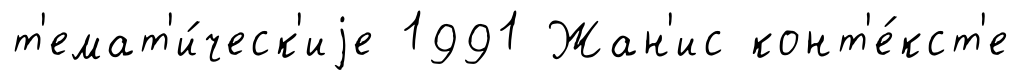
т'емат'и́ческ'иjе 1991 Жан'ис конт'е́кст'е